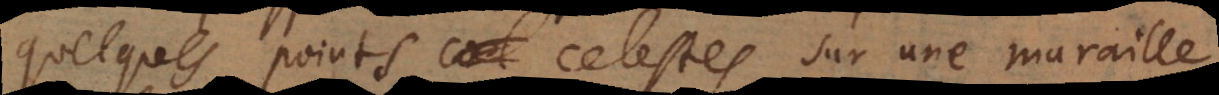
quelques points celestes sur une muraille